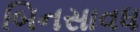
બિનસાવધ